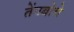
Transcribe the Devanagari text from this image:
तेंगबोचे